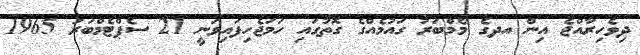
ދިވެހިރާއްޖެ އިން އދގެ މެމްބަރު ގައުމެއްގެ ގޮތުގައި ހަމަޖެހިފައިވަނީ 21 ސެޕްޓެމްބަރު 1965